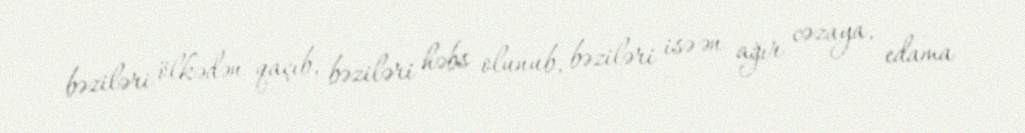
bəziləri ölkədən qaçıb, bəziləri həbs olunub, bəziləri isə ən ağır cəzaya, edama